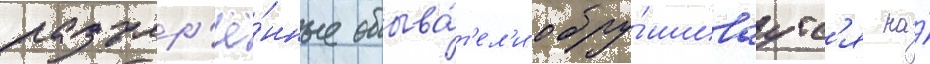
разъяр'ё́нные обыва́т'ел'и обру́шиваутс'я на́